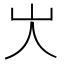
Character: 㞤